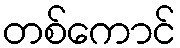
တစ်ကောင်